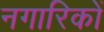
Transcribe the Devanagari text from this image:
नगारिकों